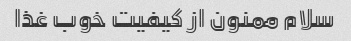
سلام ممنون از کیفیت خوب غذا